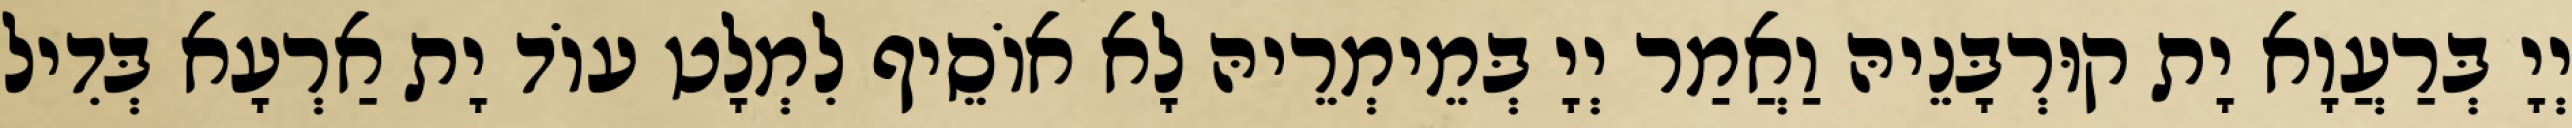
יְיָ בְּרַעֲוָא יָת קוּרְבָּנֵיהּ וַאֲמַר יְיָ בְּמֵימְרֵיהּ לָא אוֹסֵיף לִמְלָט עוֹד יָת אַרְעָא בְּדִיל